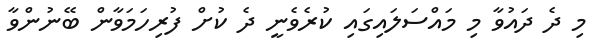
މި ދެ ދައުވާ މި މައްސަލައިގައި ކުރެވެނީ ދެ ކުށް ފުރިހަމަވާން ބޭނުންވާ